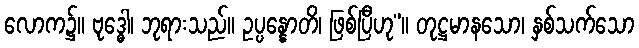
လောက၌။ ဗုဒ္ဓေါ၊ ဘုရားသည်။ ဥပ္ပန္နောတိ၊ ဖြစ်ပြီဟု”။ တုဋ္ဌမာနသော၊ နှစ်သက်သော